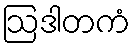
ဩဒါတကံ